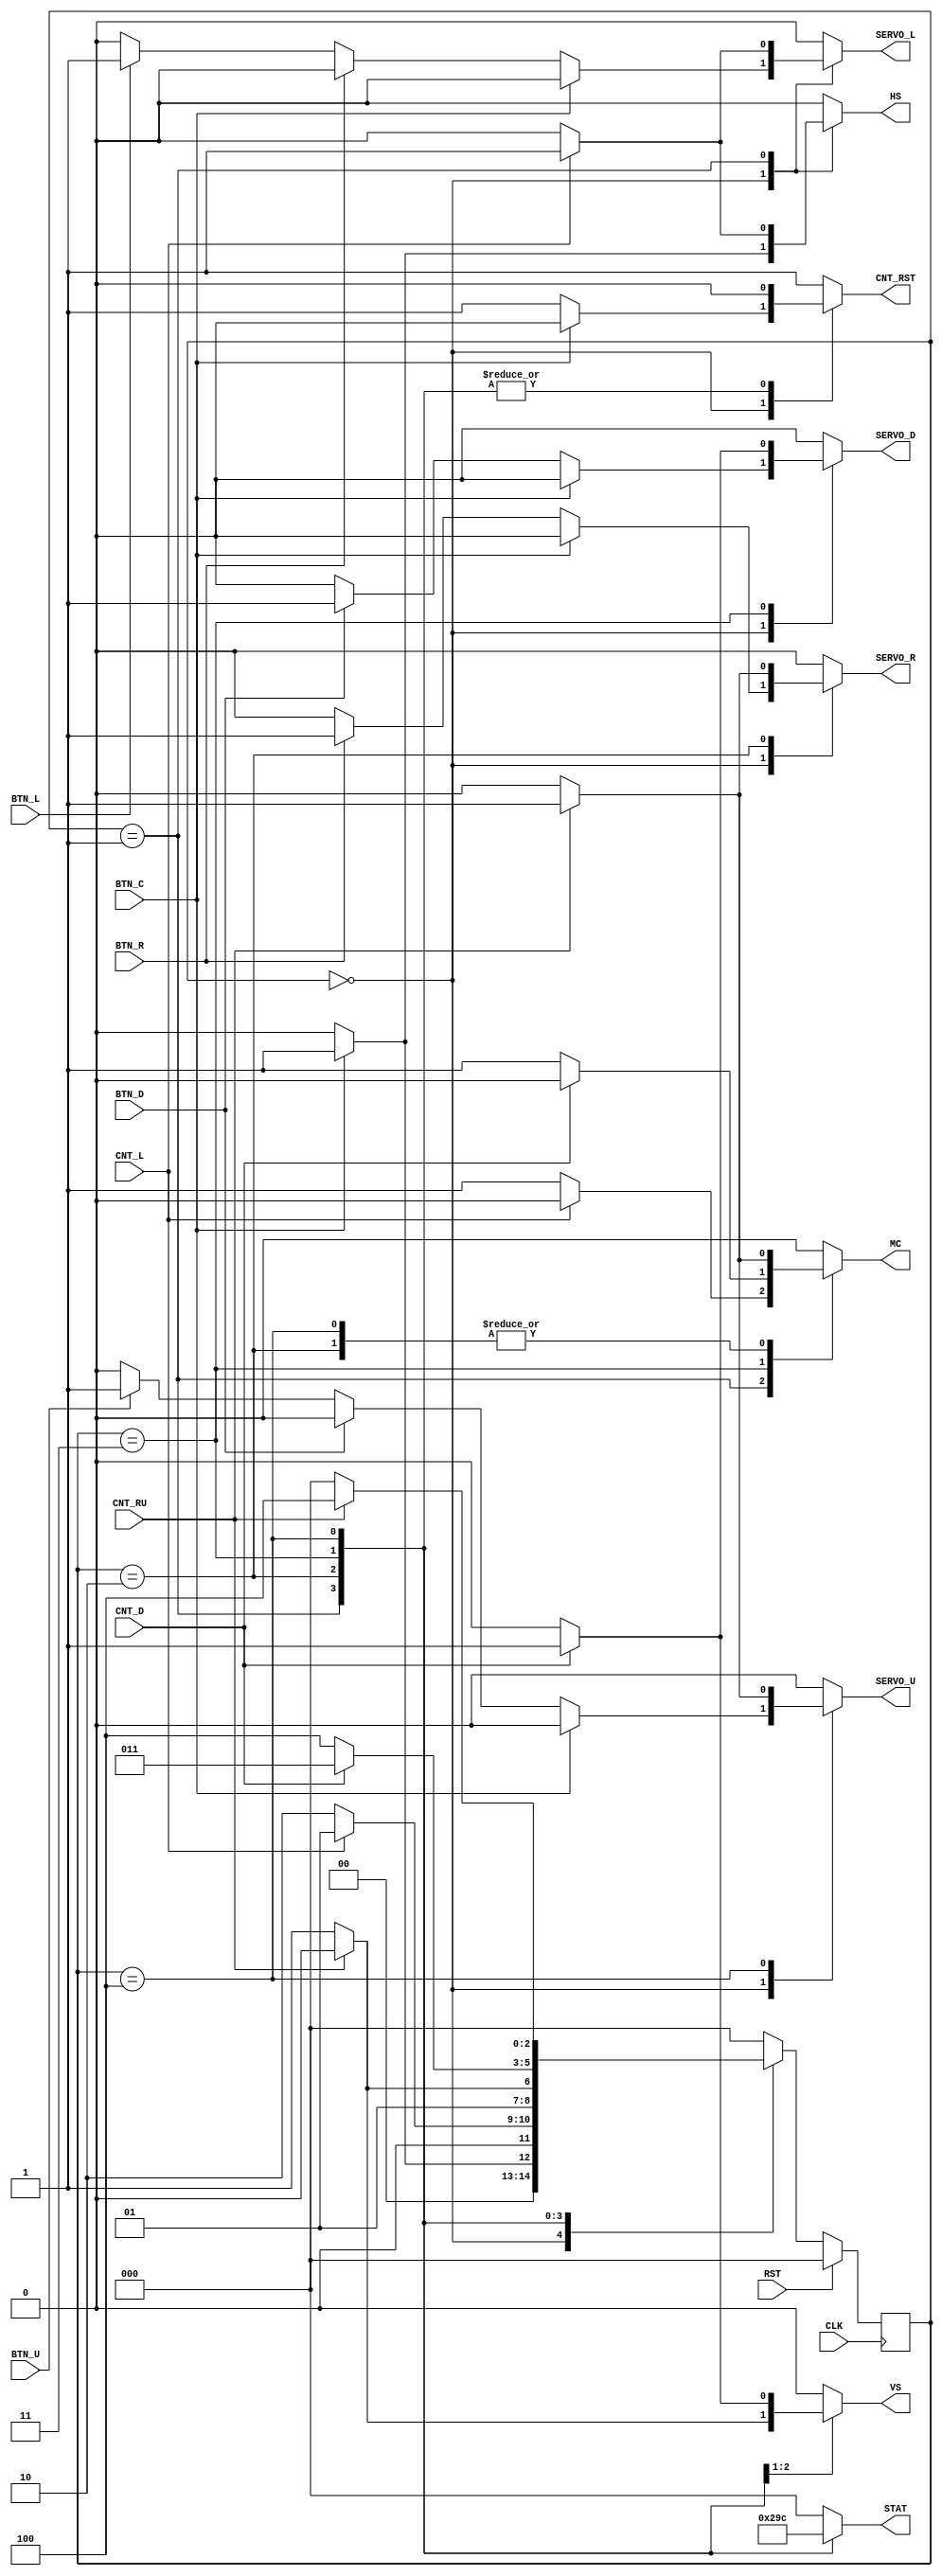
//--------------------------------------------------------------------------------
// Module Name: FSM - Behavioral
// Project Name: 
// Target Devices: 
// Description:  5 stati manual vertical sweep horizontal sweep search max
// horiz and vertical
// 
// Dependencies: 
// 
//--------------------------------------------------------------------------------

module FSM(
   input wire BTN_L, // input buttons
   input wire BTN_R,
   input wire BTN_U,
   input wire BTN_D,
   input wire BTN_C, // Button center (main button) **TODO: da fare con pressione
   input wire CNT_L, // signals which come from the counters and tell the FWM drive the corresponding servos
   input wire CNT_RU,
   input wire CNT_D,
   input wire CLK, // clock signal
   input wire RST, // reset signal
   output reg HS, // horizontal sweep signal, enable signal which go to counters
   output reg VS, // vertical sweep
   output reg MC, // Maximum counter
   output reg SERVO_L, // servo enable signal
   output reg SERVO_R,
   output reg SERVO_U,
   output reg SERVO_D,
   output reg [2:0] STAT, // possible states of FSM
   output reg CNT_RST // reset signal for oe of the counters 
);

// defining states (Modes: Manual, Horizontal Sweep, Horizontal Max State, Vertical Sweep. Vertical Max State)
parameter [2:0]
   man = 3'd0,
   hor_sweep = 3'd1,
   hor_max = 3'd2,
   vert_sweep = 3'd3,
   vert_max = 3'd4;

reg [2:0] PS = man;  // Present State
reg [2:0] NS;  // Next state

always @(posedge CLK) begin
   if (RST == 1'b1) begin
      PS <= man;
   end
   else begin
   // if (CLK == 1) begin
      PS <= NS;
   end
end

always @(PS, BTN_L, BTN_R, BTN_U, BTN_D, BTN_C, CNT_L, CNT_RU, CNT_D) begin
   SERVO_L <= 1'b0;
   SERVO_R <= 1'b0;
   SERVO_U <= 1'b0;
   SERVO_D <= 1'b0;
   case(PS)
      // Manual mode
      man : begin
         STAT <= man;
         if((BTN_C == 1'b1)) begin
            NS <= hor_sweep; // go into the first calibration state if the center button is pressed
            CNT_RST <= 1'b0;
            HS <= 1'b1; // The horizontal counter start counting up 
            VS <= 1'b0;
            MC <= 1'b0;
         end
         else begin
            // Manual management of the servos
            if((BTN_L == 1'b1)) begin
               SERVO_L <= 1'b1;
               SERVO_R <= 1'b0;
            end
            else begin
               SERVO_L <= 1'b0;
            end
            if((BTN_R == 1'b1)) begin
               SERVO_R <= 1'b1;
               SERVO_L <= 1'b0;
            end
            else begin
               SERVO_R <= 1'b0;
            end
            if((BTN_U == 1'b1)) begin
               SERVO_U <= 1'b1;
               SERVO_D <= 1'b0;
            end
            else begin
               SERVO_U <= 1'b0;
            end
            if((BTN_D == 1'b1)) begin
               SERVO_D <= 1'b1;
               SERVO_U <= 1'b0;
            end
            else begin
               SERVO_D <= 1'b0;
            end
            NS <= man; // remains in manual state
            CNT_RST <= 1'b1; // keeps the max counter reset
            HS <= 1'b0; // all the other counters remain low
            VS <= 1'b0;
            MC <= 1'b0;
         end
      end
      // Horizontal Sweep Mode 
      hor_sweep : begin
         STAT <= hor_sweep ;
         SERVO_U <= 1'b0;
         SERVO_D <= 1'b0;
         CNT_RST <= 1'b0;
         if((CNT_L == 1'b1)) begin
            SERVO_L <= 1'b1;
            SERVO_R <= 1'b0;
            HS <= 1'b1;
            VS <= 1'b0;
            MC <= 1'b0;
            NS <= hor_sweep;
         end
         else begin
            SERVO_L <= 1'b0;
            SERVO_R <= 1'b0;
            NS <= hor_max; // triggers horizontal max state
            HS <= 1'b0;
            VS <= 1'b0;
            MC <= 1'b1;
         end
      end
      // Horizontal Max State Mode
      hor_max : begin
         STAT <= hor_max;
         SERVO_U <= 1'b0;
         SERVO_D <= 1'b0;
         CNT_RST <= 1'b0;
         if((CNT_RU == 1'b1)) begin
            SERVO_R <= 1'b1;
            SERVO_L <= 1'b0;
            HS <= 1'b0;
            VS <= 1'b0;
            MC <= 1'b1;
            NS <= hor_max;
         end
         else begin
            SERVO_R <= 1'b0;
            SERVO_L <= 1'b0;
            NS <= vert_sweep; // Triggers veritcal search
            MC <= 1'b0;
            VS <= 1'b1;
            HS <= 1'b0;
         end
      end
      // Veritcal Sweep Mode
      vert_sweep : begin
         STAT <= vert_sweep;
         SERVO_L <= 1'b0;
         SERVO_R <= 1'b0;
         CNT_RST <= 1'b0;
         if((CNT_D == 1'b1)) begin
            SERVO_D <= 1'b1;
            SERVO_U <= 1'b0;
            NS <= vert_sweep;
            HS <= 1'b0;
            VS <= 1'b1;
            MC <= 1'b0;
         end
         else begin
            SERVO_D <= 1'b0;
            SERVO_U <= 1'b0;
            NS <= vert_max; // Go to maximum vertical voltage
            HS <= 1'b0;
            VS <= 1'b0;
            MC <= 1'b1;
         end
      end
      // Vertical Max State Mode
      vert_max : begin
         STAT <= vert_max;
         SERVO_L <= 1'b0;
         SERVO_R <= 1'b0;
         CNT_RST <= 1'b0;
         if((CNT_RU == 1'b1)) begin
            SERVO_U <= 1'b1;
            SERVO_D <= 1'b0;
            NS <= vert_max;
            HS <= 1'b0;
            VS <= 1'b0;
            MC <= 1'b1;
         end
         else begin
            SERVO_U <= 1'b0;
            SERVO_D <= 1'b0;
            NS <= man; // Returns to Manual Mode
            HS <= 1'b0;
            VS <= 1'b0;
            MC <= 1'b0;
         end
      end
      // Default Mode
      default : begin
         NS <= man;
         SERVO_L <= 1'b0;
         SERVO_R <= 1'b0;
         SERVO_U <= 1'b0;
         SERVO_D <= 1'b0;
         CNT_RST <= 1'b1;
         HS <= 1'b0;
         VS <= 1'b0;
         MC <= 1'b0;
         STAT <= 3'b000;
      end
   endcase
end


endmodule